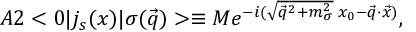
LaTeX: A 2 < 0 | j _ { s } ( x ) | \sigma ( \vec { q } ) > \equiv M e ^ { - i ( \sqrt { \vec { q } ^ { 2 } + m _ { \sigma } ^ { 2 } } \; x _ { 0 } - \vec { q } \cdot \vec { x } ) } ,